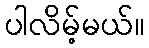
ပါလိမ့်မယ်။